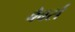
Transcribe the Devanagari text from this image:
बैबर्स